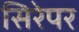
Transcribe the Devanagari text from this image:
सिरेपर